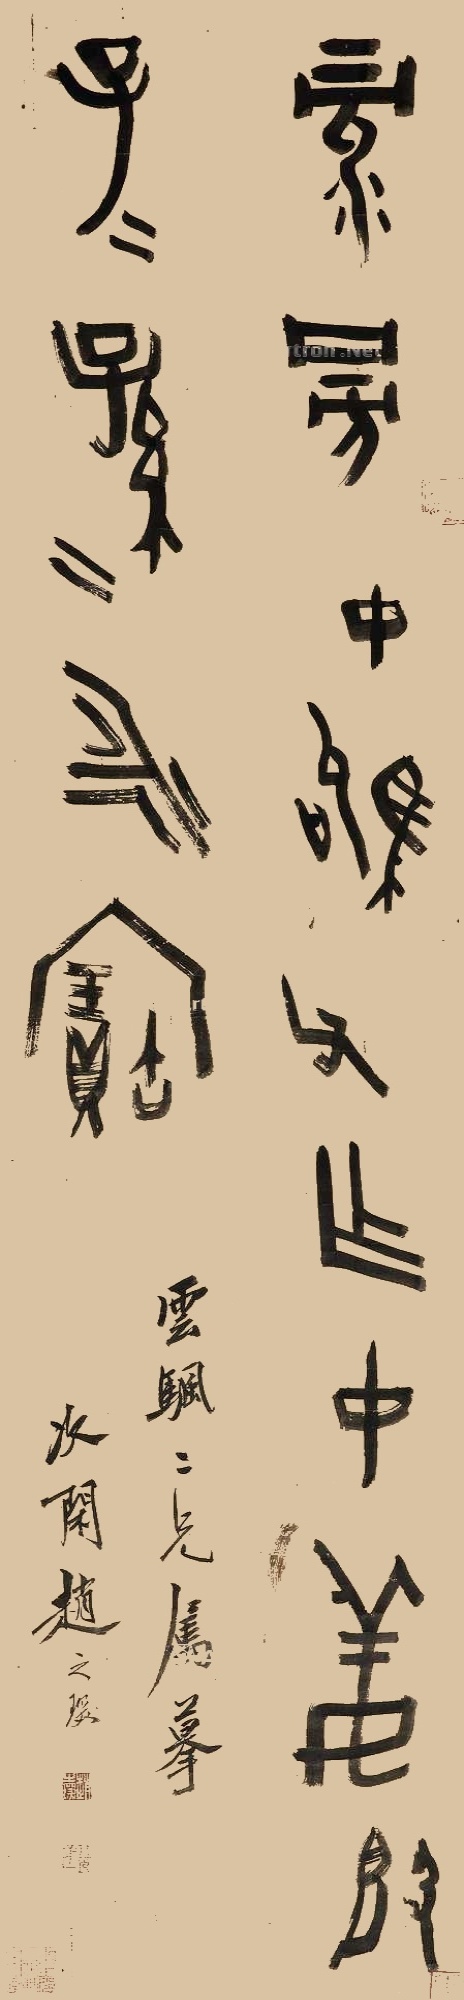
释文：录旁中驹父作中姜敦，子子孙孙永宝。云帆二兄属摹，次闲赵之琛。